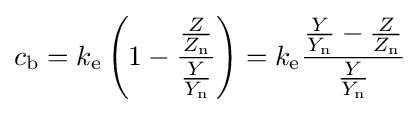
c_{\mathrm {b} }=k_{\mathrm {e} }\left(1-{\frac {\frac {Z}{Z_{\mathrm {n} }}}{\frac {Y}{Y_{\mathrm {n} }}}}\right)=k_{\mathrm {e} }{\frac {{\frac {Y}{Y_{\mathrm {n} }}}-{\frac {Z}{Z_{\mathrm {n} }}}}{\frac {Y}{Y_{\mathrm {n} }}}}